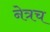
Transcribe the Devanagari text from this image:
नेत्रच